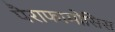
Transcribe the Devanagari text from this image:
पैराफामोसिस